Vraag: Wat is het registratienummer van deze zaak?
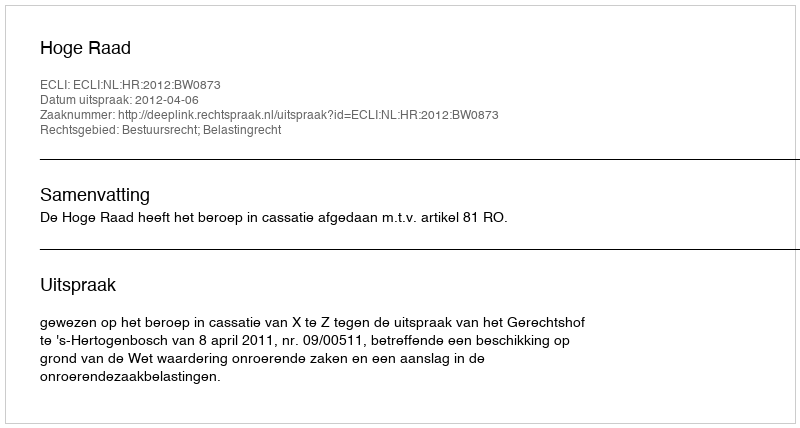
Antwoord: http://deeplink.rechtspraak.nl/uitspraak?id=ECLI:NL:HR:2012:BW0873